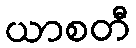
ယာစတီ